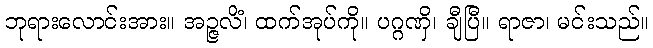
ဘုရားလောင်းအား။ အဉ္ဇလိံ၊ ထက်အုပ်ကို။ ပဂ္ဂဏှိ၊ ချီပြီ။ ရာဇာ၊ မင်းသည်။